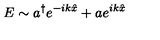
E \sim a ^ { \dagger } e ^ { - i k \hat { x } } + a e ^ { i k \hat { x } }